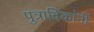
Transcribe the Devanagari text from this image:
पुत्रादिकांनीं